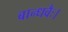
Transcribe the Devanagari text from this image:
बान्धवैः।